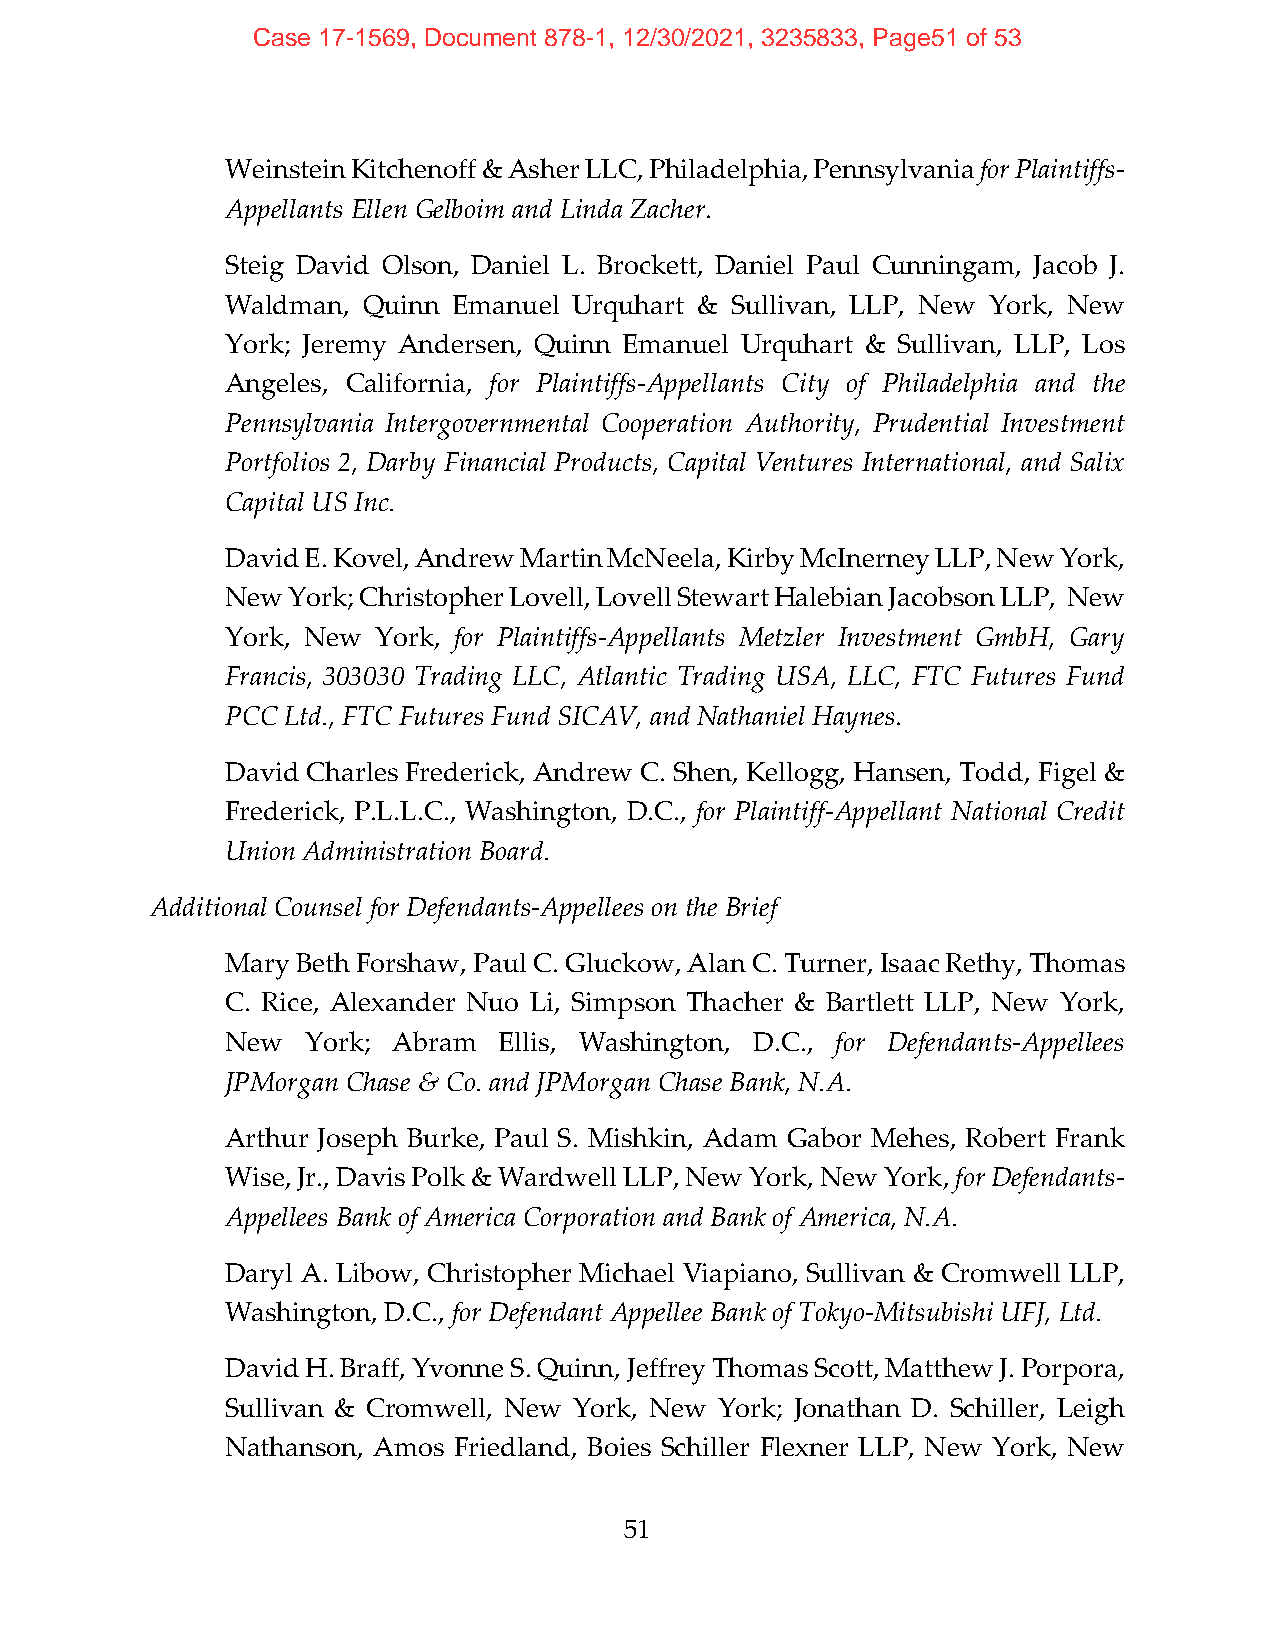
Case 17-1569, Document 878-1, 12/30/2021, 3235833, Page51 of 53
 Weinstein Kitchenoff & Asher LLC, Philadelphia, Pennsylvania for Plaintiffs‐
 Appellants Ellen Gelboim and Linda Zacher.
 Steig David Olson, Daniel L. Brockett, Daniel Paul Cunningam, Jacob J.
 Waldman, Quinn Emanuel Urquhart & Sullivan, LLP, New York, New
 York; Jeremy Andersen, Quinn Emanuel Urquhart & Sullivan, LLP, Los
 Angeles, California, for Plaintiffs‐Appellants City of Philadelphia and the
 Pennsylvania Intergovernmental Cooperation Authority, Prudential Investment
 Portfolios 2, Darby Financial Products, Capital Ventures International, and Salix
 Capital US Inc.
 David E. Kovel, Andrew Martin McNeela, Kirby McInerney LLP, New York,
 New York; Christopher Lovell, Lovell Stewart Halebian Jacobson LLP, New
 York, New York, for Plaintiffs‐Appellants Metzler Investment GmbH, Gary
 Francis, 303030 Trading LLC, Atlantic Trading USA, LLC, FTC Futures Fund
 PCC Ltd., FTC Futures Fund SICAV, and Nathaniel Haynes.
 David Charles Frederick, Andrew C. Shen, Kellogg, Hansen, Todd, Figel &
 Frederick, P.L.L.C., Washington, D.C., for Plaintiff‐Appellant National Credit
 Union Administration Board.
 Additional Counsel for Defendants‐Appellees on the Brief
 Mary Beth Forshaw, Paul C. Gluckow, Alan C. Turner, Isaac Rethy, Thomas
 C. Rice, Alexander Nuo Li, Simpson Thacher & Bartlett LLP, New York,
 New  York; Abram  Ellis, Washington, D.C., for Defendants‐Appellees
 JPMorgan Chase & Co. and JPMorgan Chase Bank, N.A.
 Arthur Joseph Burke, Paul S. Mishkin, Adam Gabor Mehes, Robert Frank
 Wise, Jr., Davis Polk & Wardwell LLP, New York, New York, for Defendants‐
 Appellees Bank of America Corporation and Bank of America, N.A.
 Daryl A. Libow, Christopher Michael Viapiano, Sullivan & Cromwell LLP,
 Washington, D.C., for Defendant Appellee Bank of Tokyo‐Mitsubishi UFJ, Ltd.
 David H. Braff, Yvonne S. Quinn, Jeffrey Thomas Scott, Matthew J. Porpora,
 Sullivan & Cromwell, New York, New York; Jonathan D. Schiller, Leigh
 Nathanson, Amos Friedland, Boies Schiller Flexner LLP, New York, New
 51